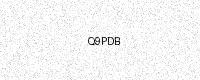
Text: Q9PDB